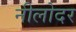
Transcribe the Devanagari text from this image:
नीलोदर